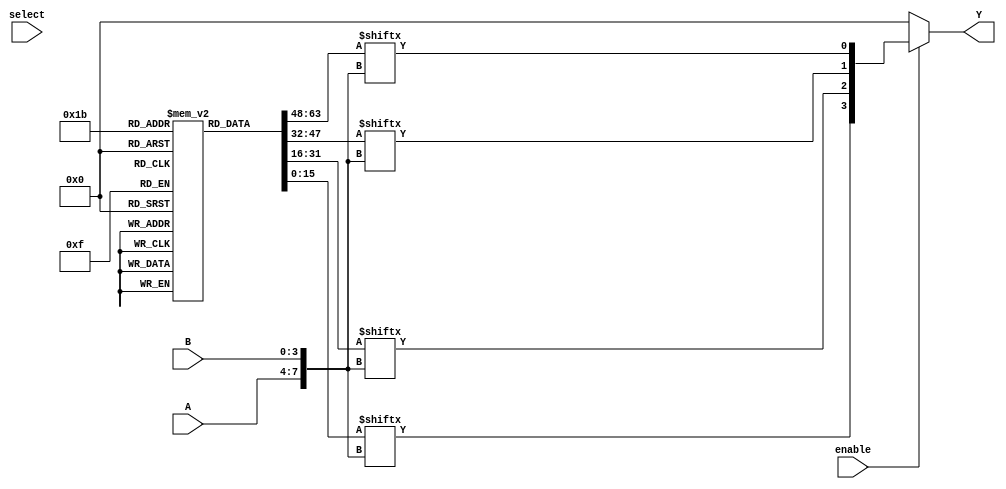
module CLB (
    input wire [3:0] A,           // 4-bit input signals
    input wire [3:0] B,           // 4-bit input signals
    input wire [3:0] select,      // Select signal for multiplexer
    input wire enable,             // Enable signal
    output wire [3:0] Y           // 4-bit output signals
);

    // Configuration memory for LUTs (for simplicity, hardcoded values)
    reg [15:0] lut [0:3];          // 4 LUTs with 16 entries each (4-input)
    
    // Initialize LUTs with example values
    initial begin
        lut[0] = 16'b0000000000000000; // Example LUT for AND operation
        lut[1] = 16'b1111111111111111; // Example LUT for OR operation
        lut[2] = 16'b1010101010101010; // Example LUT for XOR operation
        lut[3] = 16'b0101010101010101; // Example LUT for NOT operation
    end

    // Logic cells using LUTs
    wire [3:0] lut_out;
    
    generate
        genvar i;
        for (i = 0; i < 4; i = i + 1) begin : logic_cells
            assign lut_out[i] = lut[i][{A, B}]; // Using concatenation for LUT addressing
        end
    endgenerate

    // Multiplexer to select output based on 'select' signal
    wire [3:0] mux_out;
    assign mux_out = (enable) ? lut_out : 4'b0000; // Output based on enable signal

    // Output drivers
    assign Y = mux_out;

endmodule